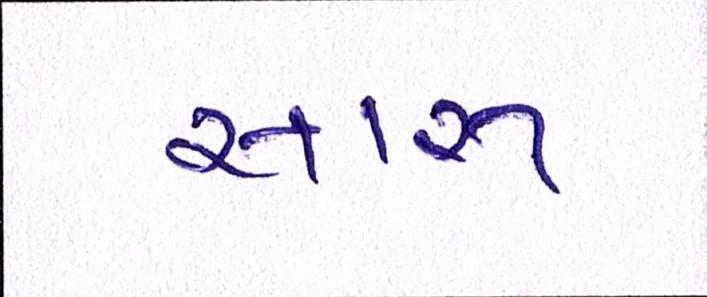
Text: સારુ